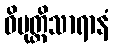
ဝိမုတ္တိသာရာနံ